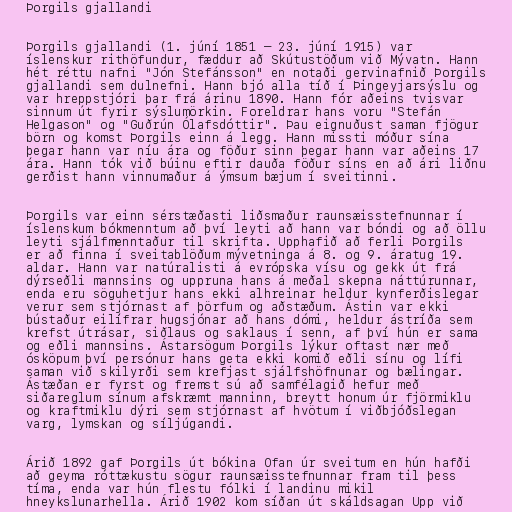
Þorgils gjallandi

Þorgils gjallandi (1. júní 1851 – 23. júní 1915) var
íslenskur rithöfundur, fæddur að Skútustöðum við Mývatn. Hann
hét réttu nafni "Jón Stefánsson" en notaði gervinafnið Þorgils
gjallandi sem dulnefni. Hann bjó alla tíð í Þingeyjarsýslu og
var hreppstjóri þar frá árinu 1890. Hann fór aðeins tvisvar
sinnum út fyrir sýslumörkin. Foreldrar hans voru "Stefán
Helgason" og "Guðrún Ólafsdóttir". Þau eignuðust saman fjögur
börn og komst Þorgils einn á legg. Hann missti móður sína
þegar hann var níu ára og föður sinn þegar hann var aðeins 17
ára. Hann tók við búinu eftir dauða föður síns en að ári liðnu
gerðist hann vinnumaður á ýmsum bæjum í sveitinni.

Þorgils var einn sérstæðasti liðsmaður raunsæisstefnunnar í
íslenskum bókmenntum að því leyti að hann var bóndi og að öllu
leyti sjálfmenntaður til skrifta. Upphafið að ferli Þorgils
er að finna í sveitablöðum mývetninga á 8. og 9. áratug 19.
aldar. Hann var natúralisti á evrópska vísu og gekk út frá
dýrseðli mannsins og uppruna hans á meðal skepna náttúrunnar,
enda eru söguhetjur hans ekki alhreinar heldur kynferðislegar
verur sem stjórnast af þörfum og aðstæðum. Ástin var ekki
bústaður eilífrar hugsjónar að hans dómi, heldur ástríða sem
krefst útrásar, siðlaus og saklaus í senn, af því hún er sama
og eðli mannsins. Ástarsögum Þorgils lýkur oftast nær með
ósköpum því persónur hans geta ekki komið eðli sínu og lífi
saman við skilyrði sem krefjast sjálfshöfnunar og bælingar.
Ástæðan er fyrst og fremst sú að samfélagið hefur með
siðareglum sínum afskræmt manninn, breytt honum úr fjörmiklu
og kraftmiklu dýri sem stjórnast af hvötum í viðbjóðslegan
varg, lymskan og síljúgandi.

Árið 1892 gaf Þorgils út bókina Ofan úr sveitum en hún hafði
að geyma róttækustu sögur raunsæisstefnunnar fram til þess
tíma, enda var hún flestu fólki í landinu mikil
hneykslunarhella. Árið 1902 kom síðan út skáldsagan Upp við